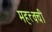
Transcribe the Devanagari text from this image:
महत्त्वची